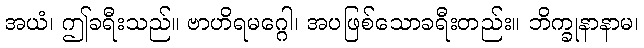
အယံ၊ ဤခရီးသည်။ ဗာဟိရမဂ္ဂေါ၊ အပဖြစ်သောခရီးတည်း။ ဘိက္ခုနာနာမ၊